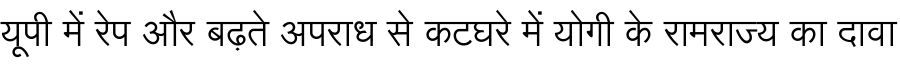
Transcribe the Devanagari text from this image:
यूपी में रेप और बढ़ते अपराध से कटघरे में योगी के रामराज्य का दावा